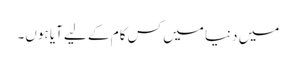
میں دنیا میں کس کام کے لیے آیا ہوں۔